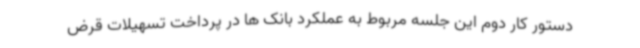
دستور کار دوم این جلسه مربوط به عملکرد بانک ها در پرداخت تسهیلات قرض